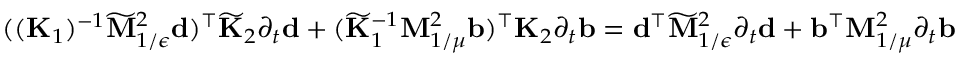
\begin{array} { r } { { ( ( \mathbf { K } _ { 1 } ) ^ { - 1 } \widetilde { \mathbf { M } } _ { 1 / \epsilon } ^ { 2 } \mathbf { d } ) ^ { \top } \widetilde { \mathbf { K } } _ { 2 } \partial _ { t } \mathbf { d } + ( \widetilde { \mathbf { K } } _ { 1 } ^ { - 1 } \mathbf { M } _ { 1 / \mu } ^ { 2 } \mathbf { b } ) ^ { \top } \mathbf { K } _ { 2 } \partial _ { t } \mathbf { b } } = \mathbf { d } ^ { \top } \widetilde { \mathbf { M } } _ { 1 / \epsilon } ^ { 2 } \partial _ { t } \mathbf { d } + \mathbf { b } ^ { \top } \mathbf { M } _ { 1 / \mu } ^ { 2 } \partial _ { t } \mathbf { b } = 0 , } \end{array}